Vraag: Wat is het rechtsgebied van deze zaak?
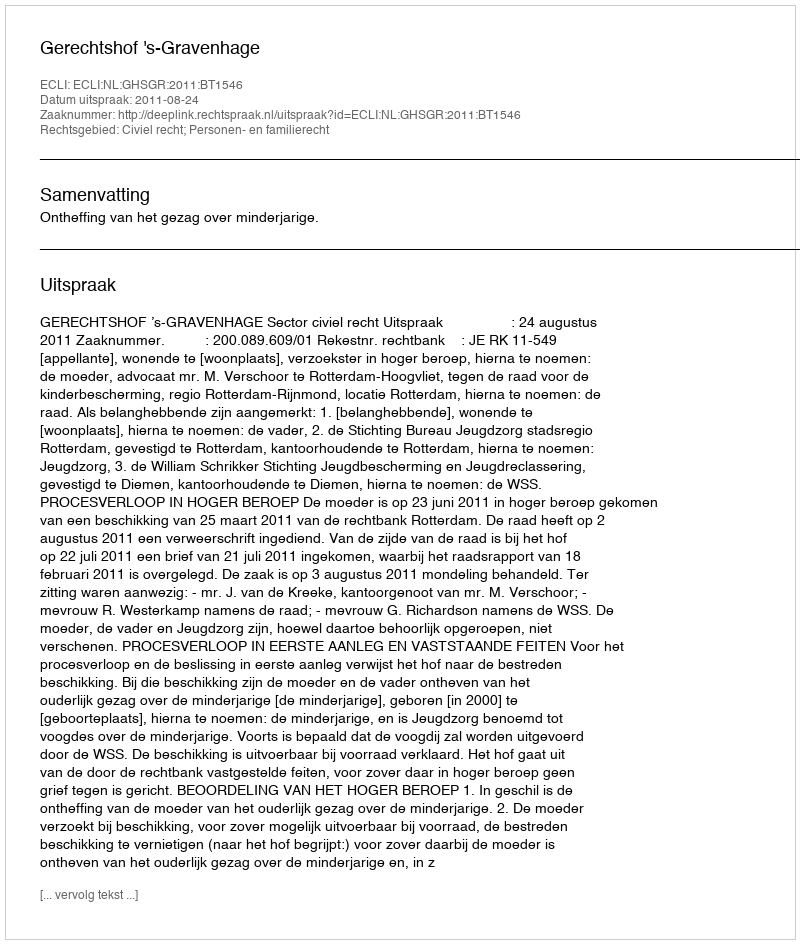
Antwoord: Civiel recht; Personen- en familierecht